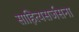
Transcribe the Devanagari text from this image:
साहित्यसर्जसना